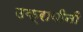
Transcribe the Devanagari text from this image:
उक्रायीनी